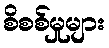
စိစစ်မှုများ